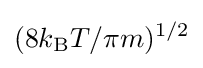
(8k_{\text{B}}T/\pi m)^{1/2}